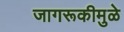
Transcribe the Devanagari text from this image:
जागरूकीमुळे